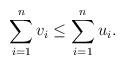
LaTeX: \begin{align*}\sum_{i=1}^n v_i \leq \sum_{i=1}^n u_i. \end{align*}